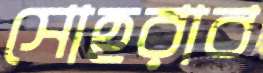
সোহরাব